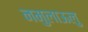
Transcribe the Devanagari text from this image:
नमुलाऊलु